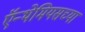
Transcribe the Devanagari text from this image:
ऍन्थेमियसच्या